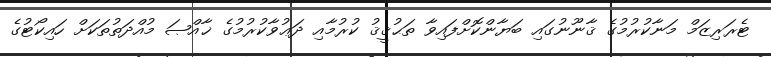
ޓެރަރިޒަމް މަނާކުރުމުގެ ޤާނޫނުގައި ބަޔާންކޮށްފައިވާ ތަޙުޤީޤު ކުރުމާއި ދަޢުވާކުރުމުގެ ޚާއްޞަ މުއްދަތުތަކަށް ހައިކޯޓުގެ